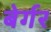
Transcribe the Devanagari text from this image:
बेर्गर